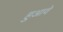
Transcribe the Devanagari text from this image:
हुआवे